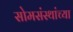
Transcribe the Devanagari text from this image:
सोमसंस्थांच्या